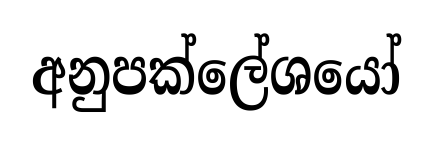
අනුපක්ලේශයෝ